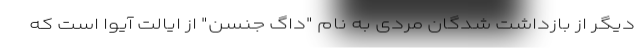
دیگر از بازداشت شدگان مردی به نام "داگ جنسن" از ایالت آیوا است که